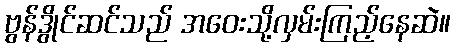
ဗွန်ဒွိုင်ဆင်သည် အဝေးသို့လှမ်းကြည့်နေဆဲ။